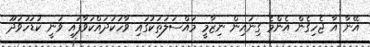
އޭނާ އާ ޖެހިގެން އެންމެ ގިނައިން ނިޒާމީ މައްސަލަތަކުގައި ވާހަކަދައްކަވާފައި ވަނީ ކުޑަހުވަދޫ